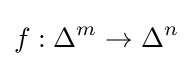
f:\Delta ^{m}\to \Delta ^{n}